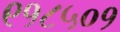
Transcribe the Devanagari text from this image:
९१८५०१